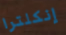
إنكلترا